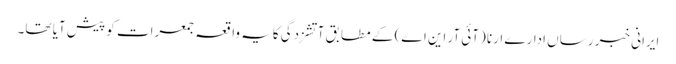
ایرانی خبر رساں ادارے ارنا (آئی آر این اے) کے مطابق آتشزدگی کایہ واقعہ جمعرات کو پیش آیا تھا۔